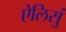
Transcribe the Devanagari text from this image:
ऐलिसुं